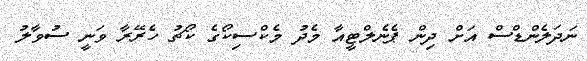
ނަދަލެންޑްސް އަށް ދިން ޕެނެލްޓީއާ މެދު މެކްސިކޯގެ ކޯޗު ހެރޭރާ ވަނީ ސުވާލު